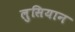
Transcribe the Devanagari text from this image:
लुसियान